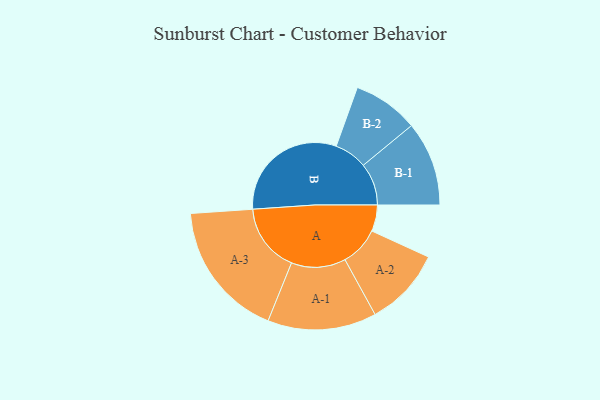
{"axis": {"x": "Segment", "y": "Value"}, "legend": ["", "A", "B"], "data": [{"x": "A", "y": 104, "type": ""}, {"x": "B", "y": 481, "type": ""}, {"x": "A-1", "y": 215, "type": "A"}, {"x": "A-2", "y": 155, "type": "A"}, {"x": "A-3", "y": 271, "type": "A"}, {"x": "B-1", "y": 167, "type": "B"}, {"x": "B-2", "y": 130, "type": "B"}]}